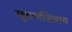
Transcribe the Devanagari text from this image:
सूचनांशिवाय